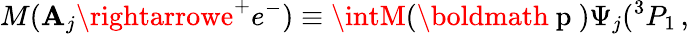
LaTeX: M(\mathbf{A}_{j}\rightarrowe^{+}e^{-})\equiv\intM(\mathrm{{\boldmath~p~}})\Psi_{j}(^{3}P_{1}\, ,\,